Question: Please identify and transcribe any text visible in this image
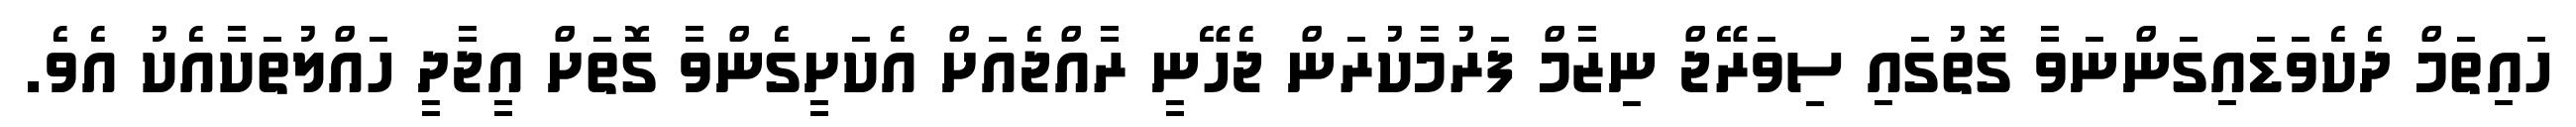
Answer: ހައިތަމް ދެކެވަޑައިގަންނަވާ ގޮތުގައި ސިވަރޭޖް ނިޒާމް ފަރުމާކުރަން ޖެހޭނީ ރާއްޖެއަށް އެކަށީގެންވާ ގޮތަށް އީޖާދީ ހައްލުތަކާއެކު އެވެ.